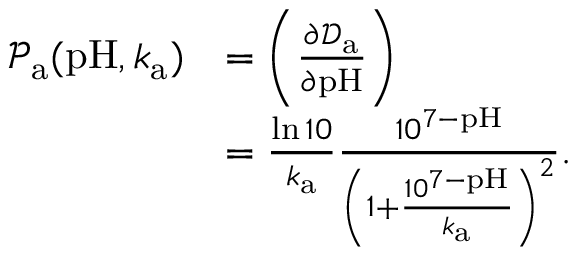
\begin{array} { r l } { \mathcal { P } _ { \mathrm { a } } ( \mathrm { p H } , k _ { \mathrm { a } } ) } & { = \left( \frac { \partial \mathcal { D } _ { \mathrm { a } } } { \partial \mathrm { p H } } \right) } \\ & { = \frac { \ln { 1 0 } } { k _ { \mathrm { a } } } \frac { 1 0 ^ { 7 - \mathrm { p H } } } { \left( 1 + \frac { 1 0 ^ { 7 - \mathrm { p H } } } { k _ { \mathrm { a } } } \right) ^ { 2 } } . } \end{array}